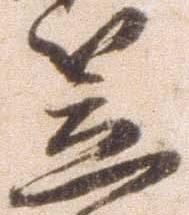
笠